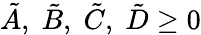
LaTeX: \tilde{A},\; \tilde{B},\; \tilde{C},\; \tilde{D}\geq 0